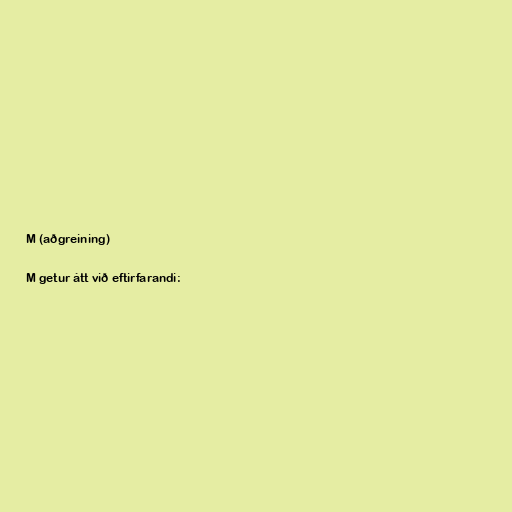
M (aðgreining)

M getur átt við eftirfarandi: